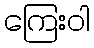
ကြေးဝါ